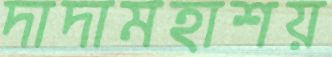
দাদামহাশয়